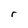
Character: r